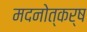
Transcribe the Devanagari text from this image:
मदनोत्कर्ष